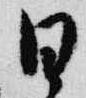
日